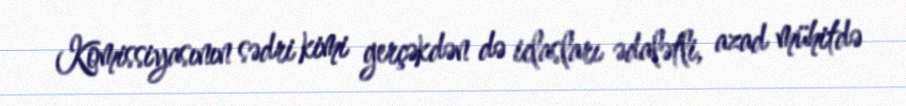
Komissiyasının sədri kimi gerçəkdən də iclasları ədalətli, azad mühitdə